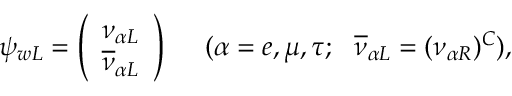
\psi _ { w L } = \left( \begin{array} { l } { { \nu _ { \alpha L } } } \\ { { \overline { { { \nu } } } _ { \alpha L } } } \end{array} \right) \ \ \ \ ( \alpha = e , \mu , \tau ; \ \ \overline { { { \nu } } } _ { \alpha L } = ( \nu _ { \alpha R } ) ^ { C } ) ,